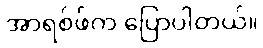
အာရစ်ဖ်က ပြောပါတယ်။